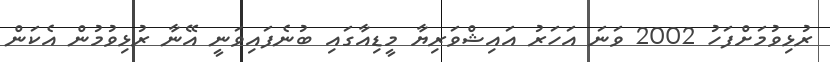
ރުޅިވުމަށްފަހު 2002 ވަނަ އަހަރު އައިޝްވަރިޔާ މީޑިއާގައި ބުނެފައިވަނީ އޭނާ ރުޅިވުމުން އެކަން